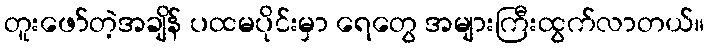
တူးဖော်တဲ့အချိန် ပထမပိုင်းမှာ ရေတွေ အများကြီးထွက်လာတယ်။